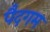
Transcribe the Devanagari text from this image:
पैदगम